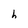
Character: h